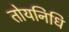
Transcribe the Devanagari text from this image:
तोयनिधि